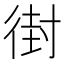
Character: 𫹚